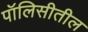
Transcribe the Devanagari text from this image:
पॉलिसीतील